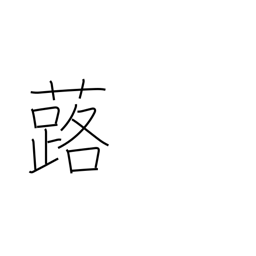
Meaning: bog rhubarb